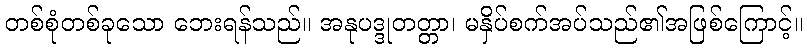
တစ်စုံတစ်ခုသော ဘေးရန်သည်။ အနုပဒ္ဒုတတ္တာ၊ မနှိပ်စက်အပ်သည်၏အဖြစ်ကြောင့်။